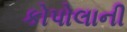
કોપોલાની